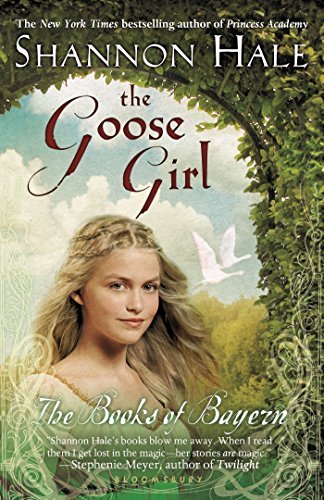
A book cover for The Goose Girl (Books of Bayern); Shannon Hale; Children's Books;